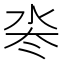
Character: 𬇜